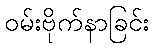
ဝမ်းဗိုက်နာခြင်း